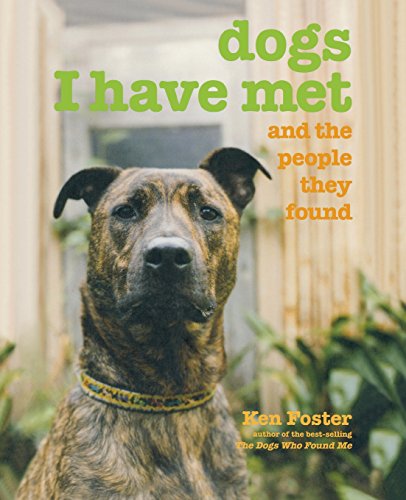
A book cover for Dogs I Have Met: And The People They Found; Ken Foster; Humor & Entertainment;